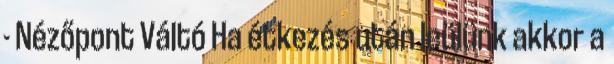
- Nézőpont Váltó Ha étkezés után leülünk akkor a